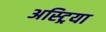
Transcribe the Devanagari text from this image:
अस्ट्रिया